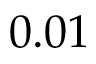
0 . 0 1